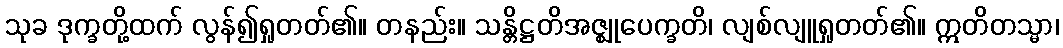
သုခ ဒုက္ခတို့ထက် လွန်၍ရှုတတ်၏။ တနည်း။ သန္တိဋ္ဌတိအဇ္ဈုပေက္ခတိ၊ လျစ်လျူရှုတတ်၏။ ဣတိတသ္မာ၊